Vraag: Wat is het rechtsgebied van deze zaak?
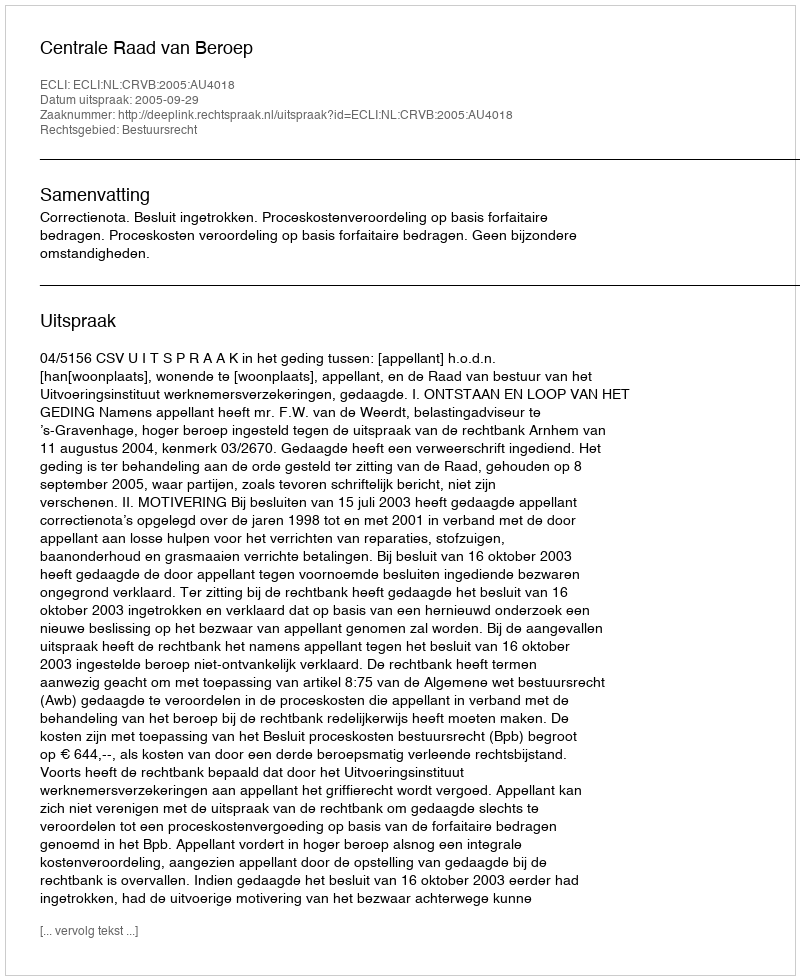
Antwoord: Bestuursrecht